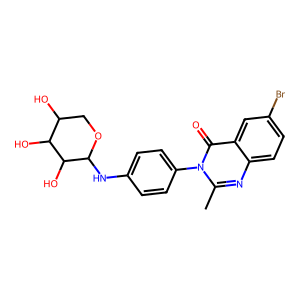
SMILES: Cc1nc2ccc(Br)cc2c(=O)n1-c1ccc(NC2OCC(O)C(O)C2O)cc1
Inhibits HIV replication: No